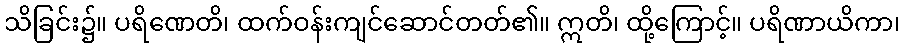
သိခြင်း၌။ ပရိဏေတိ၊ ထက်ဝန်းကျင်ဆောင်တတ်၏။ ဣတိ၊ ထို့ကြောင့်။ ပရိဏာယိကာ၊